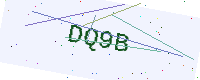
Text: DQ9B